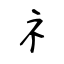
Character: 礻